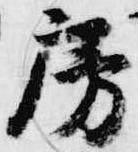
房